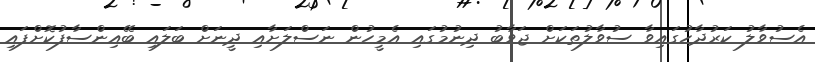
އެސުވާލު ކަރުދާހުގައިވާ ސުވާލުތަކަށް ޖަވާބު ދިނުމުގައި އެމީހުން ނަސްލަށާއި ދީނަށް ބަލައި ބޭއިންސާފުކޮށްފައި